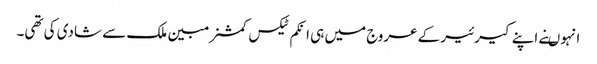
انہوںنے اپنے کیرئیر کے عروج میں ہی انکم ٹیکس کمشنر مبین ملک سے شادی کی تھی۔